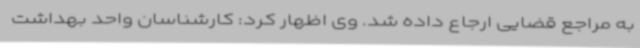
به مراجع قضایی ارجاع داده شد. وی اظهار کرد: کارشناسان واحد بهداشت